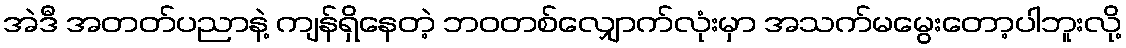
အဲဒီ အတတ်ပညာနဲ့ ကျန်ရှိနေတဲ့ ဘဝတစ်လျှောက်လုံးမှာ အသက်မမွေးတော့ပါဘူးလို့